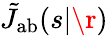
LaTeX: \tilde{J}_{\mathrm{{ab}}}(s|\r)